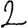
Digit: 2